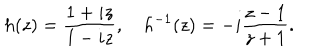
h ( z ) = \frac { 1 + i z } { 1 - i z } , \quad h ^ { - 1 } ( z ) = - i \frac { z - 1 } { z + 1 } .